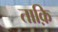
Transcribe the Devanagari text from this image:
ताक़ि